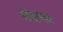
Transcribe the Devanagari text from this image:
पांरगत